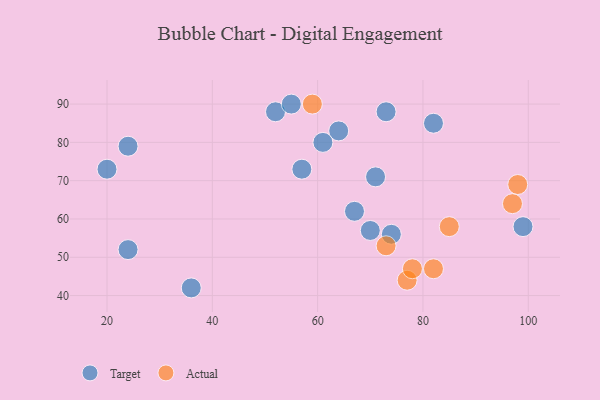
{"axis": {"x": "GDP", "y": "Life Expectancy"}, "legend": ["Actual", "Target"], "data": [{"x": "67", "y": 62, "type": "Target"}, {"x": "24", "y": 52, "type": "Target"}, {"x": "52", "y": 88, "type": "Target"}, {"x": "71", "y": 71, "type": "Target"}, {"x": "70", "y": 57, "type": "Target"}, {"x": "57", "y": 73, "type": "Target"}, {"x": "74", "y": 56, "type": "Target"}, {"x": "24", "y": 79, "type": "Target"}, {"x": "82", "y": 85, "type": "Target"}, {"x": "73", "y": 88, "type": "Target"}, {"x": "36", "y": 42, "type": "Target"}, {"x": "99", "y": 58, "type": "Target"}, {"x": "64", "y": 83, "type": "Target"}, {"x": "20", "y": 73, "type": "Target"}, {"x": "61", "y": 80, "type": "Target"}, {"x": "55", "y": 90, "type": "Target"}, {"x": "77", "y": 44, "type": "Actual"}, {"x": "85", "y": 58, "type": "Actual"}, {"x": "73", "y": 53, "type": "Actual"}, {"x": "98", "y": 69, "type": "Actual"}, {"x": "59", "y": 90, "type": "Actual"}, {"x": "97", "y": 64, "type": "Actual"}, {"x": "78", "y": 47, "type": "Actual"}, {"x": "82", "y": 47, "type": "Actual"}]}